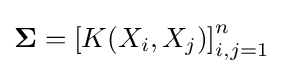
\mathbf {\Sigma } =\left[K(X_{i},X_{j})\right]_{i,j=1}^{n}